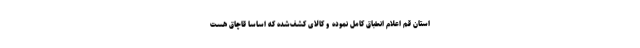
استان قم اعلام انطباق کامل نموده و کالای کشف‌شده که اساساً قاچاق هست